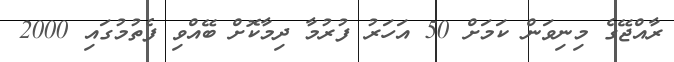
ރާއްޖޭގެ މިނިވަން ކަމަށް 50 އަހަރު ފުރުމާ ދިމާކޮށް ބޭއްވި ފެތުމުގައި 2000